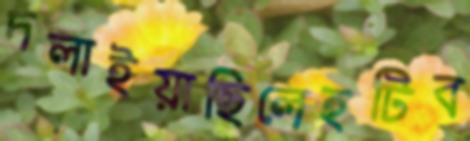
দলাইয়াছিলেহটিব